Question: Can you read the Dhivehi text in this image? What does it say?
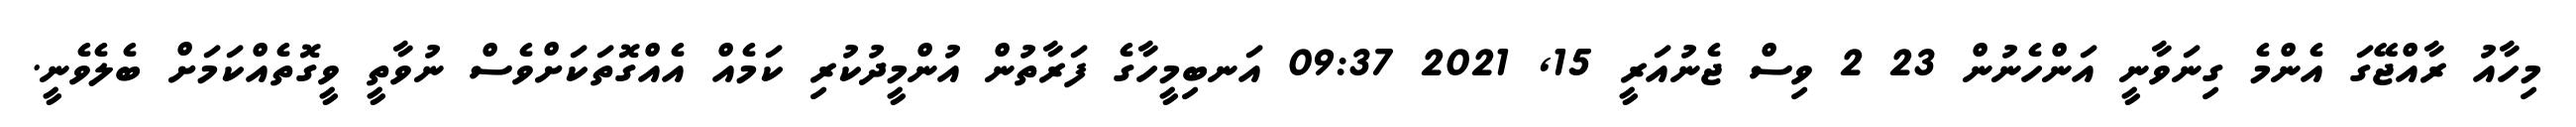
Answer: މިހާއު ރާއްޖޭގަ އެންމެ ގިނަވާނީ އަންހެނުން 23 2 ވިސް ޖެނުއަރީ 15, 2021 09:37 އަނބިމީހާގެ ފަރާތުން އުންމީދުކުރި ކަމެއް އެއްގޮތަކަށްވެސް ނުވާތީ ވީގޮތެއްކަމަށް ބެލެވެނީ.